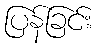
ပြန်ခြင်း